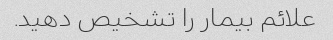
علائم بیمار را تشخیص دهید.